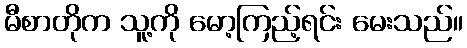
မီစာတိုက သူ့ကို မော့ကြည့်ရင်း မေးသည်။